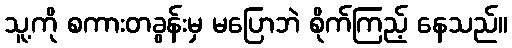
သူ့ကို စကားတခွန်းမှ မပြောဘဲ စိုက်ကြည့် နေသည်။